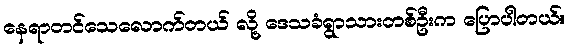
နေရာတင်သေလောက်တယ် လို့ ဒေသခံရွာသားတစ်ဦးက ပြောပါတယ်။